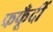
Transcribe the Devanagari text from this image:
फफूँदीं